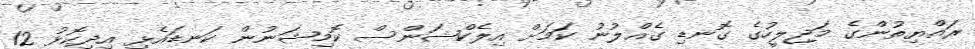
ރައްޔިތުންގެ މަޖިލީހުގެ ގޮނޑި ގެއްލުނު ކަމަށް އިލެކްޝަންސް ކޮމިޝަނުން ކަނޑައެޅި އިދިކޮޅު 12